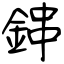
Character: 鋛